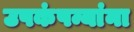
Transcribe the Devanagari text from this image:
उपकंपन्यांना